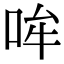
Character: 哞